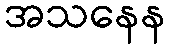
အသနေန